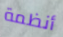
أنظمة